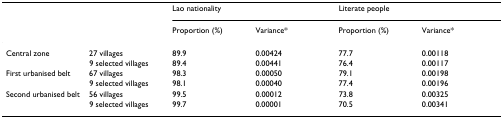
<table><thead><tr><td></td><td></td><td colspan="2"><b>Lao nationality</b></td><td colspan="2"><b>Literate people</b></td></tr><tr><td></td><td></td><td><b>Proportion (%)</b></td><td><b>Variance*</b></td><td><b>Proportion (%)</b></td><td><b>Variance*</b></td></tr></thead><tbody><tr><td>Central zone</td><td>27 villages</td><td>89.9</td><td>0.00424</td><td>77.7</td><td>0.00118</td></tr><tr><td></td><td>9 selected villages</td><td>89.4</td><td>0.00441</td><td>76.4</td><td>0.00117</td></tr><tr><td>First urbanised belt</td><td>67 villages</td><td>98.3</td><td>0.00050</td><td>79.1</td><td>0.00198</td></tr><tr><td></td><td>9 selected villages</td><td>98.1</td><td>0.00040</td><td>77.4</td><td>0.00196</td></tr><tr><td>Second urbanised belt</td><td>56 villages</td><td>99.5</td><td>0.00012</td><td>73.8</td><td>0.00325</td></tr><tr><td></td><td>9 selected villages</td><td>99.7</td><td>0.00001</td><td>70.5</td><td>0.00341</td></tr></tbody></table>